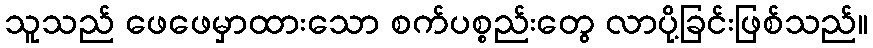
သူသည် ဖေဖေမှာထားသော စက်ပစ္စည်းတွေ လာပို့ခြင်းဖြစ်သည်။